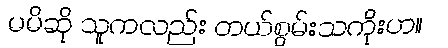
မမိဆို သူကလည်း တယ်စွမ်းသကိုးဟ။